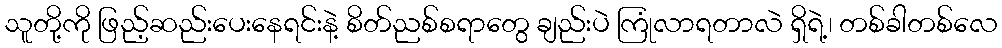
သူတို့ကို ဖြည့်ဆည်းပေးနေရင်းနဲ့ စိတ်ညစ်စရာတွေ ချည်းပဲ ကြုံလာရတာလဲ ရှိရဲ့၊ တစ်ခါတစ်လေ